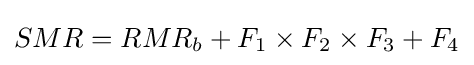
SMR=RMR_{b}+F_{1}\times F_{2}\times F_{3}+F_{4}